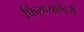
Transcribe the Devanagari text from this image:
फिरण्याऐवजी